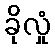
ခိုလှုံ